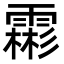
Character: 霦